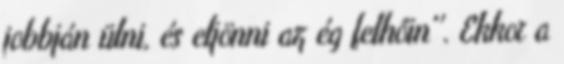
jobbján ülni, és eljönni az ég felhőin''. Ekkor a